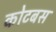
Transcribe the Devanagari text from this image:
कोटबस